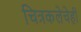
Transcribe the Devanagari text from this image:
चित्रकलेचेही